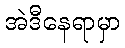
အဲဒီနေရာမှာ